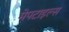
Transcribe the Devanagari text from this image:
मेपटाइल्स